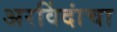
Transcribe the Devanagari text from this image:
अरविंदांचा